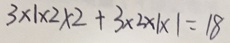
3 \times 1 \times 2 \times 2 + 3 \times 2 \times 1 \times 1 = 1 8